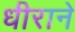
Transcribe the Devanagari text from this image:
धीराने